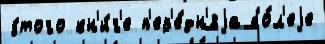
э́того кн'и́г'е п'ер'е́дн'яjа бо́л'еjе